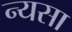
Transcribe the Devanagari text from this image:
न्यसा